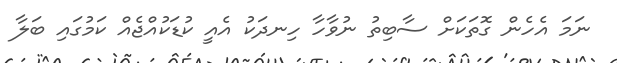
ނަމަ އެހެން ގޮތަކަށް ސާބިތު ނުވާހާ ހިނދަކު އެއީ ކުޑަކުއްޖެއް ކަމުގައި ބަލާ